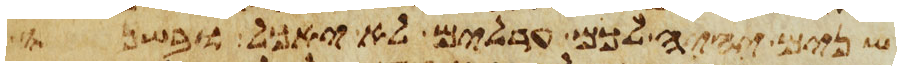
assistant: שנים יהיה לכם ערלים לא יאכל ובשנה